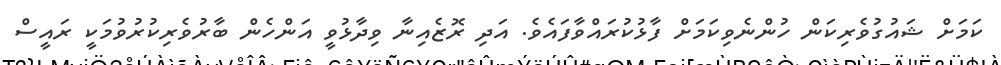
ކަމަށް ޝައުގުވެރިކަން ހުންނެވިކަމަށް ފާޅުކުރައްވާފައެވެ. އަދި ރޮޒެއިނާ ވިދާޅުވީ އަންހެން ބާރުވެރިކުރުވުމަކީ ރައީސް